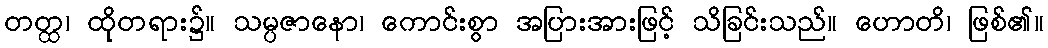
တတ္ထ၊ ထိုတရား၌။ သမ္ပဇာနော၊ ကောင်းစွာ အပြားအားဖြင့် သိခြင်းသည်။ ဟောတိ၊ ဖြစ်၏။